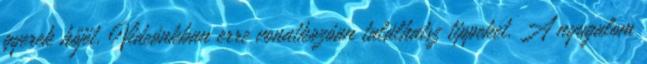
gyerek hőjét. Videónkban erre vonatkozóan találhatsz tippeket. A nyugalom